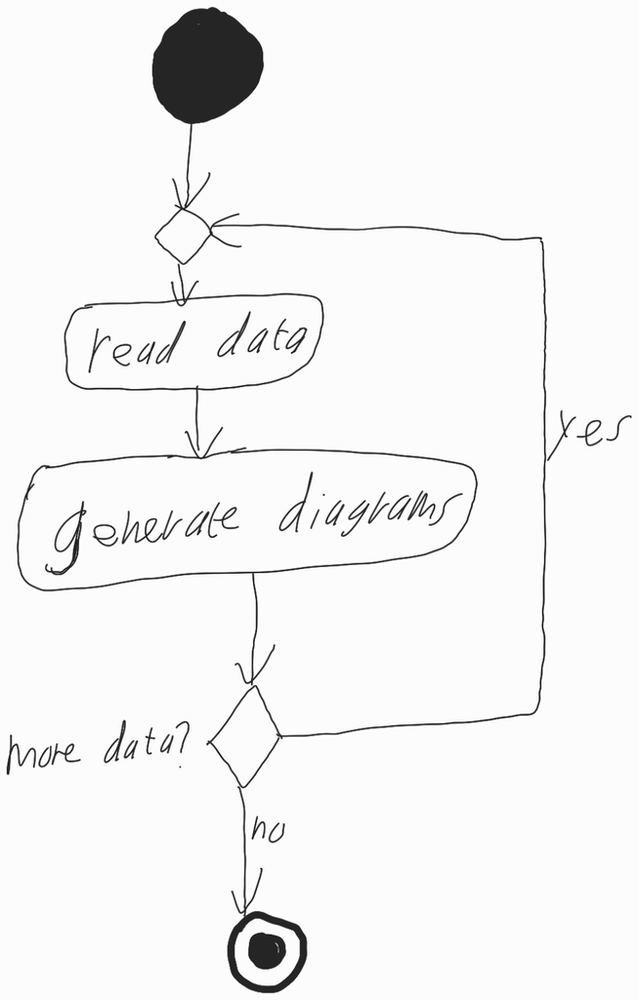
Diagram type: activity_diagram
```plantuml
@startuml

start

repeat
  :read data;
  :generate diagrams;
repeat while (more data?) is (yes) not (no)

stop

@enduml
```